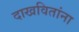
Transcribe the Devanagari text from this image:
दाखवितांना